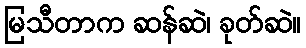
မြသီတာက ဆန်ဆဲ၊ ခုတ်ဆဲ။